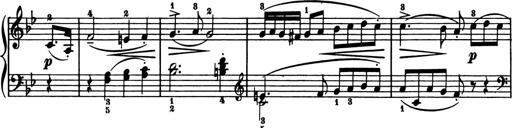
Title: 11 Sonatinas for Piano Solo
Composer: Anton Diabelli